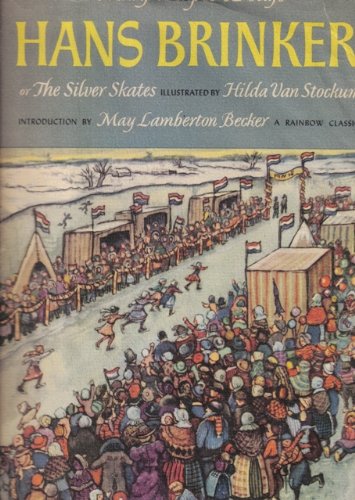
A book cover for Hans Brinker Or, The Silver Skates (Rainbow Classics); Sports & Outdoors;